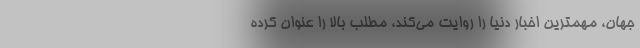
جهان، مهمترین اخبار دنیا را روایت می‌کند، مطلب بالا را عنوان کرده